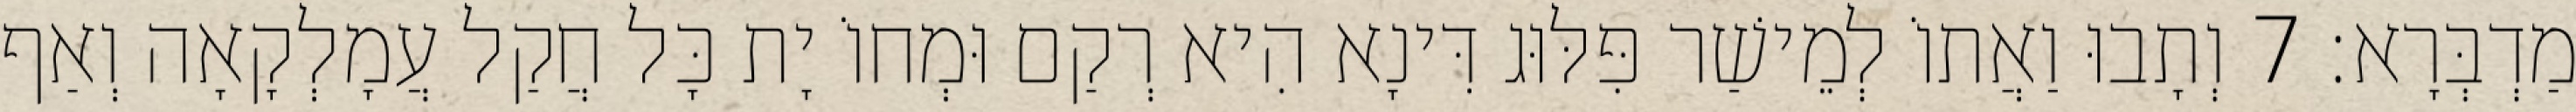
מַדְבְּרָא׃ 7 וְתָבוּ וַאֲתוֹ לְמֵישַׁר פִּלּוּג דִּינָא הִיא רְקַם וּמְחוֹ יָת כָּל חֲקַל עֲמָלְקָאָה וְאַף